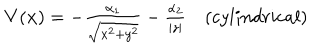
\begin{array} { c } { { V ( { \bf x } ) = - { \frac { \alpha _ { 1 } } { \sqrt { x ^ { 2 } + y ^ { 2 } } } } - { \frac { \alpha _ { 2 } } { | z | } } \space \space \space \space ( c y l i n d r i c a l ) } } \\ \end{array} \nonumber